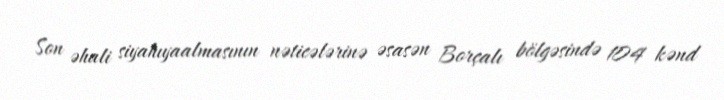
Son əhali siyahıyaalmasının nəticələrinə əsasən Borçalı bölgəsində 104 kənd